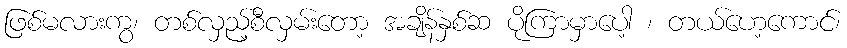
ဖြစ်မလားကွ၊ တစ်လှည့်စီလှမ်းတော့ အချိန်နှစ်ဆ ပိုကြာမှာပေါ့ ၊ တယ်ဟေ့ကောင်၊